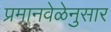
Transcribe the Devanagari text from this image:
प्रमानवेळेनुसार